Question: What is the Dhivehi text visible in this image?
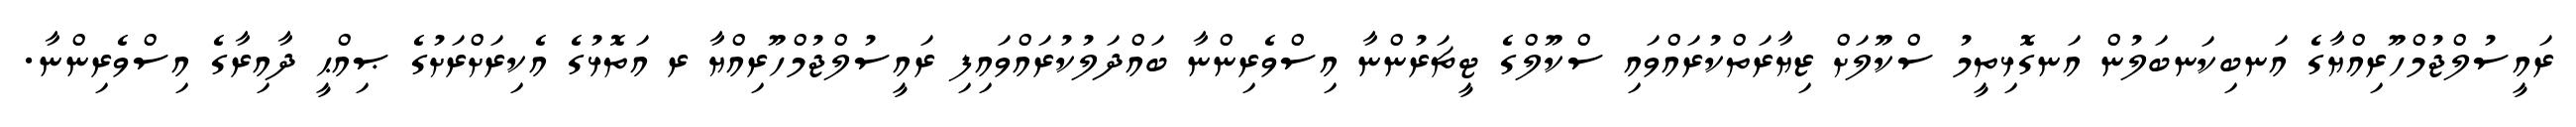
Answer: ރައީސުލްޖުމްހޫރިއްޔާގެ އަނބިކަނބަލުން އަނގޮޅިތީމު ސްކޫލަށް ޒިޔާރަތްކުރައްވައި ސްކޫލްގެ ޓީޗަރުންނާ އިސްވެރިންނާ ބައްދަލުކުރައްވައިފި ރައީސުލްޖުމްހޫރިއްޔާ ރ އަތޮޅުގެ އެކިރަށްރަށުގެ ޞިއްޙީ ދާއިރާގެ އިސްވެރިންނާ.